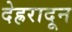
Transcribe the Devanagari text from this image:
देह्ररादून